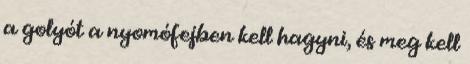
a golyót a nyomófejben kell hagyni, és meg kell